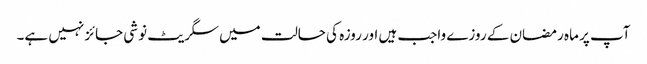
آپ پر ماہ رمضان کے روزے واجب ہیں اور روزہ کی حالت میں سگریٹ نوشی جائز نہیں ہے۔